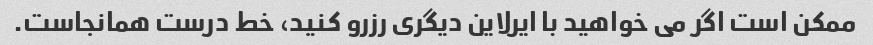
ممکن است اگر می خواهید با ایرلاین دیگری رزرو کنید، خط درست همانجاست.